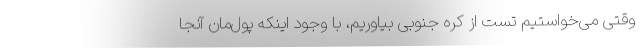
وقتی می‌خواستیم تست از کره جنوبی بیاوریم، با وجود اینکه پول‌مان آنجا